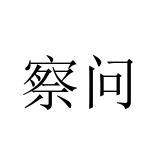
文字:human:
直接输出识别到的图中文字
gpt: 察问